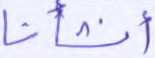
أنشأنا